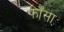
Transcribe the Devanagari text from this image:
फाँसा